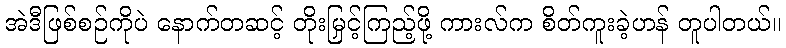
အဲဒီဖြစ်စဉ်ကိုပဲ နောက်တဆင့် တိုးမြှင့်ကြည့်ဖို့ ကားလ်က စိတ်ကူးခဲ့ဟန် တူပါတယ်။